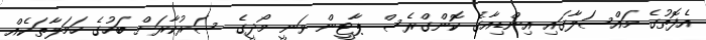
އެފޮތުގެ މައްސަލާގައި އިންޑިއާގެ ކޮންގްރެސް ޕާޓީން ވަނީ މޯދީގެ ސަރުކާރަށް ބަހުގެ ހަމަލާތަކެއް